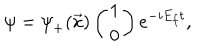
LaTeX: \psi = { \psi } _ { + } ( \vec { x } ) \left( \begin{array} { c } { { 1 } } \\ { { 0 } } \\ \end{array} \right) e ^ { - i E _ { f } t } ,